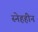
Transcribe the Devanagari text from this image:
स्नेहहीन